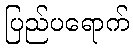
ပြည်ပရောက်